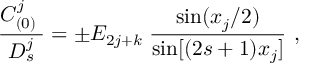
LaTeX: { \frac { C _ { ( 0 ) } ^ { j } \; } { D _ { s } ^ { j } } } = \pm E _ { 2 j + k } \; { \frac { \mathrm { s i n } { ( x _ { j } / 2 ) } } { \mathrm { s i n } { [ ( 2 s + 1 ) x _ { j } } ] } } \ ,